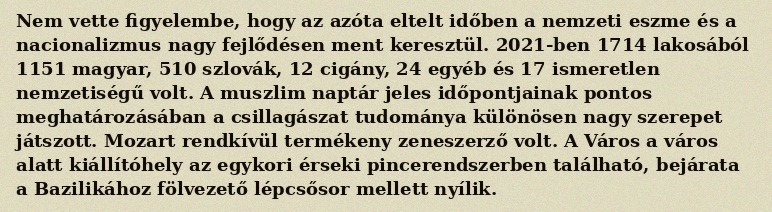
Nem vette figyelembe, hogy az azóta eltelt időben a nemzeti eszme és a nacionalizmus nagy fejlődésen ment keresztül. 2021-ben 1714 lakosából 1151 magyar, 510 szlovák, 12 cigány, 24 egyéb és 17 ismeretlen nemzetiségű volt. A muszlim naptár jeles időpontjainak pontos meghatározásában a csillagászat tudománya különösen nagy szerepet játszott. Mozart rendkívül termékeny zeneszerző volt. A Város a város alatt kiállítóhely az egykori érseki pincerendszerben található, bejárata a Bazilikához fölvezető lépcsősor mellett nyílik.